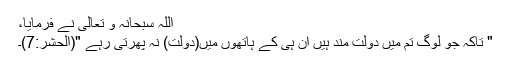
اللہ سبحانہ و تعالیٰ نے فرمایا،
" تاکہ جو لوگ تم میں دولت مند ہیں ان ہی کے ہاتھوں میں(دولت) نہ پھرتی رہے "(الحشر:7)۔